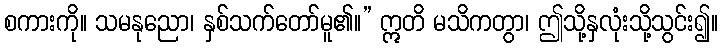
စကားကို။ သမနုညော၊ နှစ်သက်တော်မူ၏။” ဣတိ မသိကတွာ၊ ဤသို့နှလုံးသို့သွင်း၍။